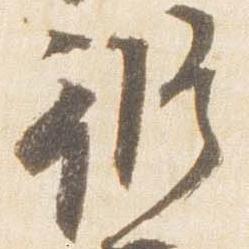
修